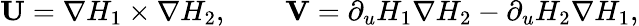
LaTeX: \mathbf{U}=\nabla H_{1}\times\nabla H_{2},\qquad\mathbf{V}=\partial_{u}H_{1}\nabla H_{2}-\partial_{u}H_{2}\nabla H_{1},